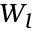
W _ { l }